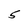
Character: 5